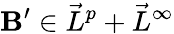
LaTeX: \mathbf{B}^{\prime}\in\vec{L}^{p}+\vec{L}^{\infty}